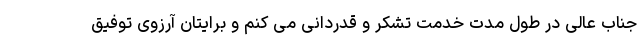
جناب عالی در طول مدت خدمت تشکر و قدردانی می کنم و برایتان آرزوی توفیق